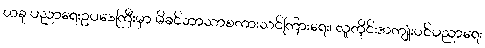
ယခု ပညာရေးဥပဒေကြီးမှာ မိခင်ဘာသာစကားသင်ကြားရေး၊ လူတိုင်းအကျုံးဝင်ပညာရေး